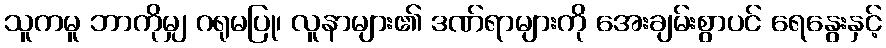
သူကမူ ဘာကိုမျှ ဂရုမပြု၊ လူနာများ၏ ဒဏ်ရာများကို အေးချမ်းစွာပင် ရေနွေးနှင့်